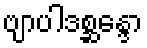
ဗျာပါဒစ္ဆန္ဒော